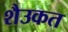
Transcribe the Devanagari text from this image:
शैउकत